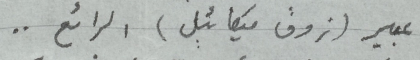
عبير (ذوق ميكائيل) الرائع . .